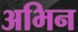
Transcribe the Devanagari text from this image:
अभिन